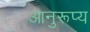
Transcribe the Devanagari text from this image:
आनुरूप्य